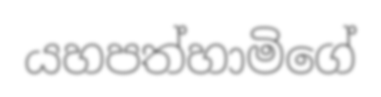
යහපත්හාමිගේ